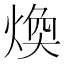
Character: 煥